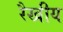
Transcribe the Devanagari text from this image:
रैखीय